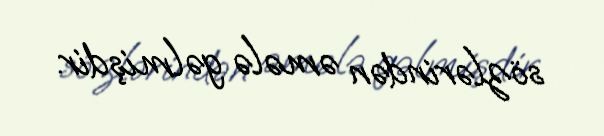
sözlərindən əmələ gəlmişdir.